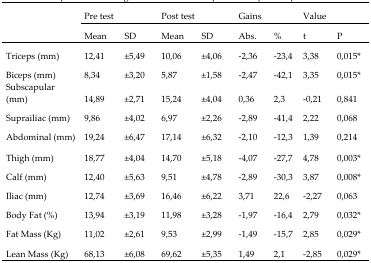
<table><thead><tr><td rowspan="3"></td><td colspan="2"><b>Pre test</b></td><td colspan="2"><b>Post test</b></td><td colspan="2"><b>Gains</b></td><td colspan="2"><b>Value</b></td></tr><tr><td><b>Mean</b></td><td><b>SD</b></td><td><b>Mean</b></td><td><b>SD</b></td><td><b>Abs.</b></td><td><b>%</b></td><td><b>t</b></td><td><b>P</b></td></tr></thead><tbody><tr><td>Triceps (mm)</td><td>12,41</td><td>±5,49</td><td>10,06</td><td>±4,06</td><td>−2,36</td><td>−23,4</td><td>3,38</td><td>0,015<sup>*</sup></td></tr><tr><td>Biceps (mm)</td><td>8,34</td><td>±3,20</td><td>5,87</td><td>±1,58</td><td>−2,47</td><td>−42,1</td><td>3,35</td><td>0,015<sup>*</sup></td></tr><tr><td>Subscapular (mm)</td><td>14,89</td><td>±2,71</td><td>15,24</td><td>±4,04</td><td>0,36</td><td>2,3</td><td>−0,21</td><td>0,841</td></tr><tr><td>Suprailiac (mm)</td><td>9,86</td><td>±4,02</td><td>6,97</td><td>±2,26</td><td>−2,89</td><td>−41,4</td><td>2,22</td><td>0,068</td></tr><tr><td>Abdominal (mm)</td><td>19,24</td><td>±6,47</td><td>17,14</td><td>±6,32</td><td>−2,10</td><td>−12,3</td><td>1,39</td><td>0,214</td></tr><tr><td>Thigh (mm)</td><td>18,77</td><td>±4,04</td><td>14,70</td><td>±5,18</td><td>−4,07</td><td>−27,7</td><td>4,78</td><td>0,003<sup>*</sup></td></tr><tr><td>Calf (mm)</td><td>12,40</td><td>±5,63</td><td>9,51</td><td>±4,78</td><td>−2,89</td><td>−30,3</td><td>3,87</td><td>0,008<sup>*</sup></td></tr><tr><td>Iliac (mm)</td><td>12,74</td><td>±3,69</td><td>16,46</td><td>±6,22</td><td>3,71</td><td>22,6</td><td>−2,27</td><td>0,063</td></tr><tr><td>Body Fat (%)</td><td>13,94</td><td>±3,19</td><td>11,98</td><td>±3,28</td><td>−1,97</td><td>−16,4</td><td>2,79</td><td>0,032<sup>*</sup></td></tr><tr><td>Fat Mass (Kg)</td><td>11,02</td><td>±2,61</td><td>9,53</td><td>±2,99</td><td>−1,49</td><td>−15,7</td><td>2,85</td><td>0,029<sup>*</sup></td></tr><tr><td>Lean Mass (Kg)</td><td>68,13</td><td>±6,08</td><td>69,62</td><td>±5,35</td><td>1,49</td><td>2,1</td><td>−2,85</td><td>0,029<sup>*</sup></td></tr></tbody></table>